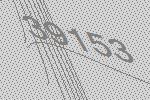
39153